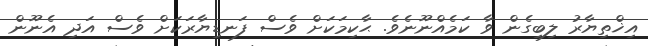
އިޚްތިޔާރު ލިބިގެން ވާ ކަމެއްނޫނެވެ. ޙާކިމަކަށް ވެސް ފަނޑިޔާރަކަށް ވެސް އަދި އެނޫން